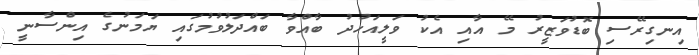
އިނގިރޭސި ބޮޑުވަޒީރު މޭ އާއި އެކު ވަލީއަހުދު ބާއްވާ ބައްދަލުވުމުގައި ޔަމަނުގެ އިންސާނީ